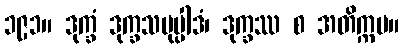
၁၉၁။ ဒုက္ခံ ဒုက္ခသမုပ္ပါဒံ၊ ဒုက္ခဿ စ အတိက္ကမ။